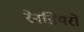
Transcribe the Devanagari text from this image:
रेनडियरों